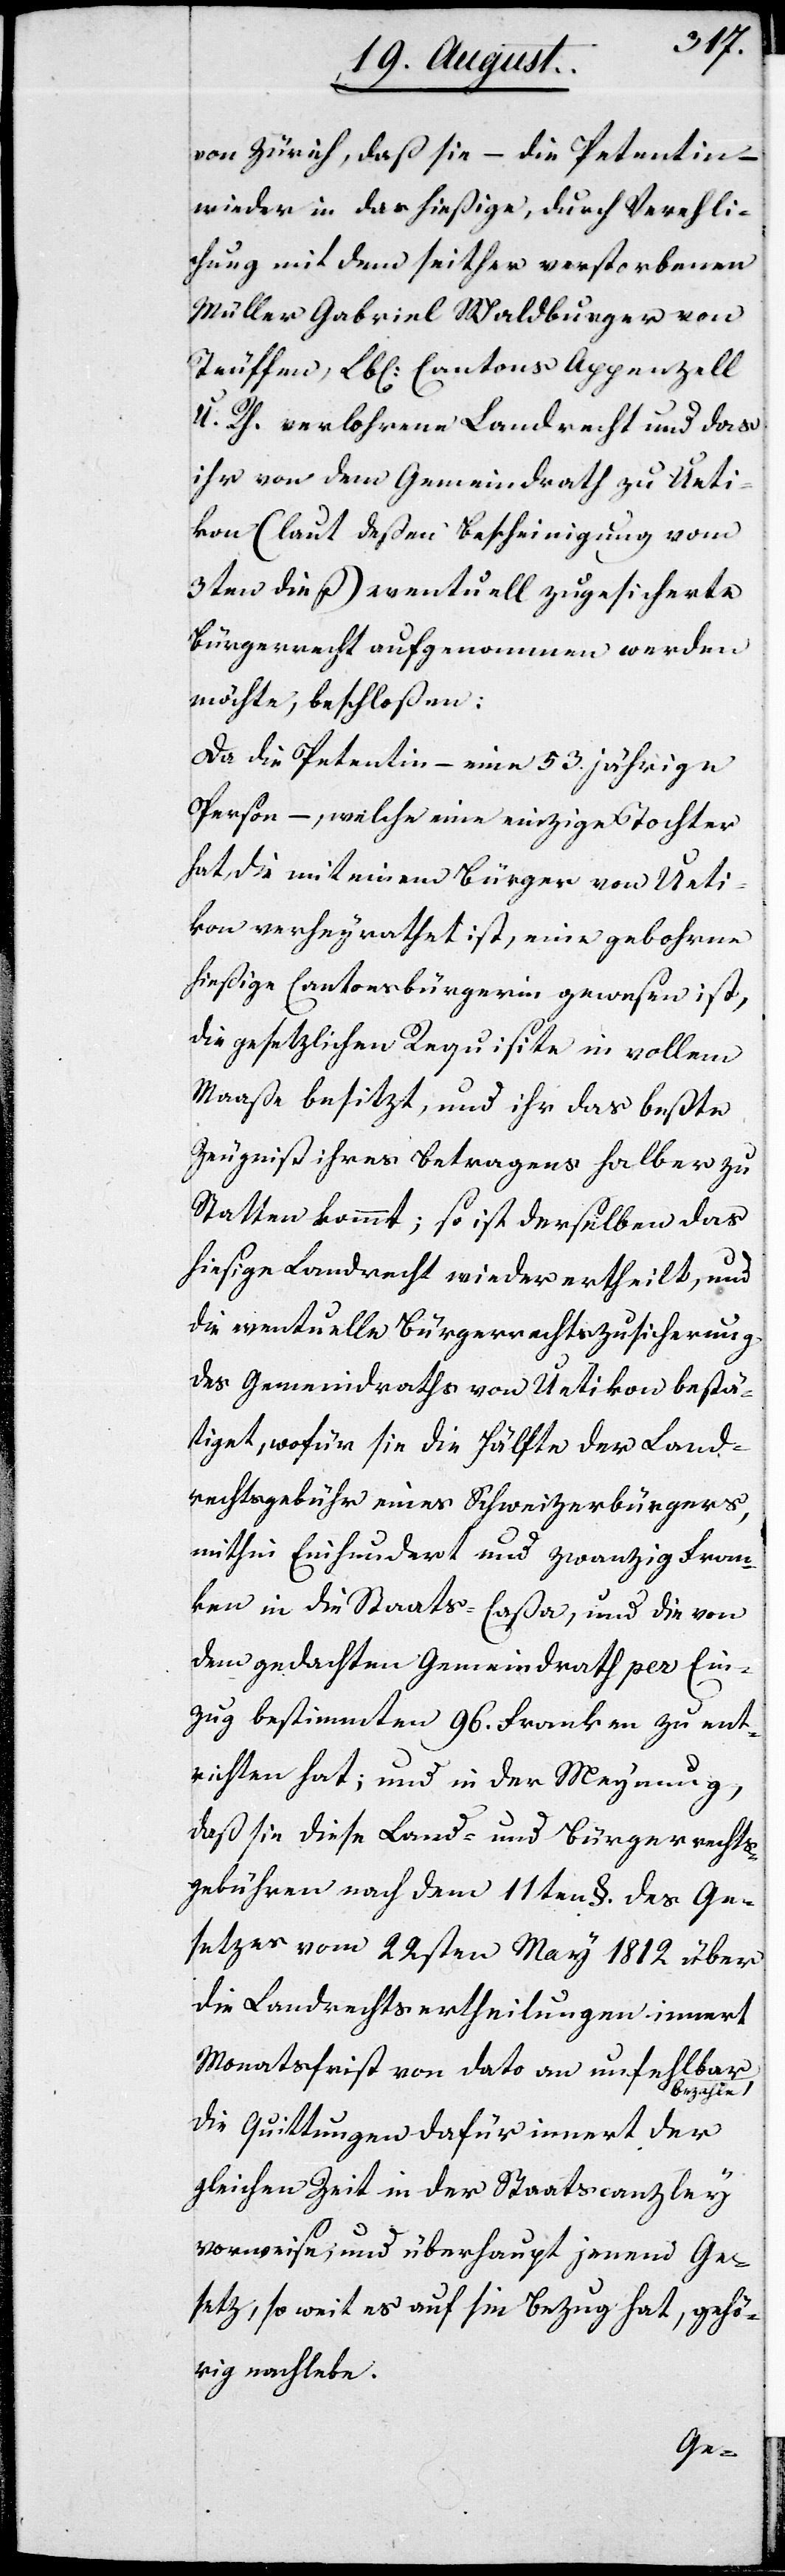
von Zürich, daß sie, – die Petentin –
wieder in das hießige, durch Verehli¬
chung mit dem seither verstorbenen
Müller Gabriel Waldburger von
Teuffen, Lbl. Cantons Appenzell
A. R. verlohrene Landrecht und das
ihr von dem Gemeindrath zu Ueti¬
kon (laut deßen Bescheinigung vom
3ten dieß) eventuell zugesicherte
Bürgerrecht aufgenommen werden
möchte, beschloßen:
Da die Petentin – eine 53 jährige
Person –, welche eine einzige Tochter
hat, die mit einem Bürger von Ueti¬
kon verheyrathet ist, eine gebohrne
hießige Cantonsbürgerin gewesen ist,
die gesetzlichen Requisite in vollem
Maaße besitzt, und ihr das beßte
Zeugniß ihres Betragens halber zu
Statten kommt; so ist derselben das
hiesige Landrecht wieder ertheilt, und
die eventuelle Bürgerrechtszusicherung
des Gemeindraths von Uetikon bestä¬
tiget, wofür sie die Hälfte der Land¬
rechtsgebühr eines Schweizerbürgers,
mithin Einhundert und zwanzig Fran¬
ken in die Staats-Caßa, und die von
dem gedachten Gemeindrath per Ein¬
zug bestimmten 96. Franken zu ent¬
richten hat; und in der Meynung,
daß sie dieses Land- und Bürgerechts¬
gebühren nach dem 11ten §. des Ge¬
setzes vom 22sten May 1812 über
die Landrechtsertheilung innert
Monatsfrist von dato an unfehlbar
hle,
die Quittungen dafür innert der
gleichen Zeit in der Staatscanzley
vorweise, und überhaupt jenem Ge¬
setz, so weit es auf sie Bezug hat, gehö¬
rig nachlebe.